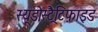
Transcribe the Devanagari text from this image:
स्यूडोस्ट्रैटिफ़ाइड